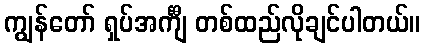
ကျွန်တော် ရှပ်အင်္ကျီ တစ်ထည်လိုချင်ပါတယ်။